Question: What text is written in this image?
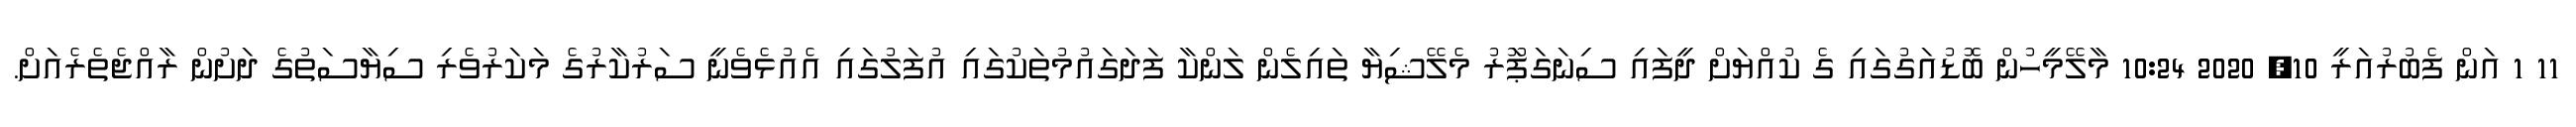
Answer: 11 1 އަން ފެބުރުއަރީ 10, 2020 10:24 މާލޭމީހުން ބޮޑުއަގުގައި ގެ ކުއްޔަށް ދީފައި ސިނަގަޕަޫރު މެލޭޝިޔާ ތައިލެން ލަންކާ ފަދަގައުމުތަކުގައި އުފަލުގައި އެއުޅެވެނީ ސަރުކާރުގެ މަކަރުވެރި ސިޔާސަތުގެ ދަށުން ރާއްޖެތެރެއަށް.